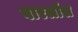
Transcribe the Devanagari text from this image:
बारलॉस